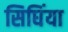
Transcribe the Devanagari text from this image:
सिघिंया